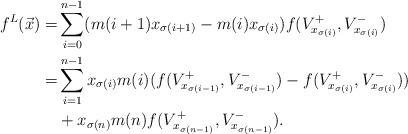
LaTeX: \begin{align*}f^L(\vec x)=&\sum_{i=0}^{n-1} (m(i+1)x_{\sigma(i+1)}-m(i)x_{\sigma(i)})f(V_{x_{\sigma(i)}}^+,V_{x_{\sigma(i)}}^-)\\=&\sum_{i=1}^{n-1}x_{\sigma(i)}m(i)(f(V_{x_{\sigma(i-1)}}^+,V_{x_{\sigma(i-1)}}^-)-f(V_{x_{\sigma(i)}}^+,V_{x_{\sigma(i)}}^-))\\&+x_{\sigma(n)}m(n)f(V_{x_{\sigma(n-1)}}^+,V_{x_{\sigma(n-1)}}^-).\end{align*}